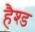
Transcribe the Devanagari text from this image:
हैश्ड